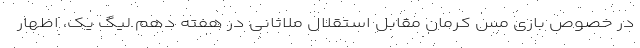
در خصوص بازی مس کرمان مقابل استقلال ملاثانی در هفته دهم لیگ یک، اظهار